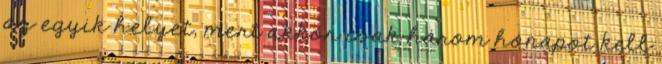
az egyik helyet, mert akkor csak három hónapot kell